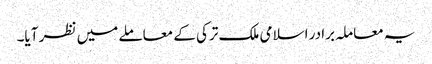
یہ معاملہ برادر اسلامی ملک ترکی کے معاملے میں نظر آیا۔